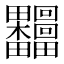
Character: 𰣟